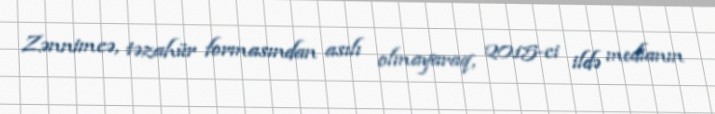
Zənnimcə, təzahür formasından asılı olmayaraq, 2015-ci ildə medianın